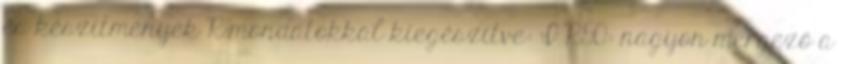
és készítmények R-mondatokkal kiegészítve: I R50: nagyon mérgező a